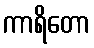
ကာရိတော